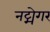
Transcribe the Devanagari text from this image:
नट्मेगर